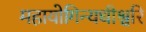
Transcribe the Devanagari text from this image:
महायोगिन्यधीश्वरि